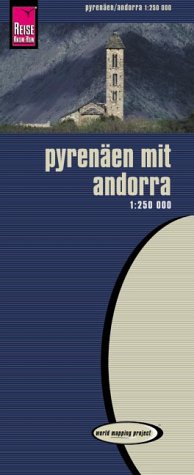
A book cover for World Mapping Project, PyrenÃ¤en mit Andorra; Travel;